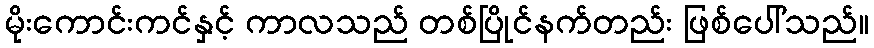
မိုးကောင်းကင်နှင့် ကာလသည် တစ်ပြိုင်နက်တည်း ဖြစ်ပေါ်သည်။